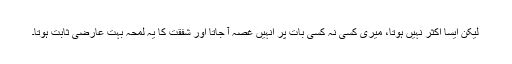
لیکن ایسا اکثر نہیں ہوتا، میری کسی نہ کسی بات پر انہیں غصہ آ جاتا اور شفقت کا یہ لمحہ بہت عارضی ثابت ہوتا۔